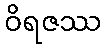
ဝိရဇဿ